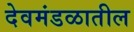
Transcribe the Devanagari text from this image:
देवमंडळातील